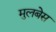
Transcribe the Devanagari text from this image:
मुलबेस